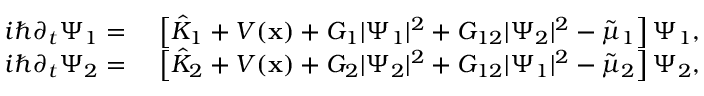
\begin{array} { r l } { i \hbar \partial _ { t } \Psi _ { 1 } = } & { \ \left[ { \hat { K } } _ { 1 } + V ( \mathbf { x } ) + G _ { 1 } | \Psi _ { 1 } | ^ { 2 } + G _ { 1 2 } | \Psi _ { 2 } | ^ { 2 } - { \tilde { \mu } _ { 1 } } \right] \Psi _ { 1 } , } \\ { i \hbar \partial _ { t } \Psi _ { 2 } = } & { \ \left[ { \hat { K } } _ { 2 } + V ( \mathbf { x } ) + G _ { 2 } | \Psi _ { 2 } | ^ { 2 } + G _ { 1 2 } | \Psi _ { 1 } | ^ { 2 } - { \tilde { \mu } _ { 2 } } \right] \Psi _ { 2 } , } \end{array}